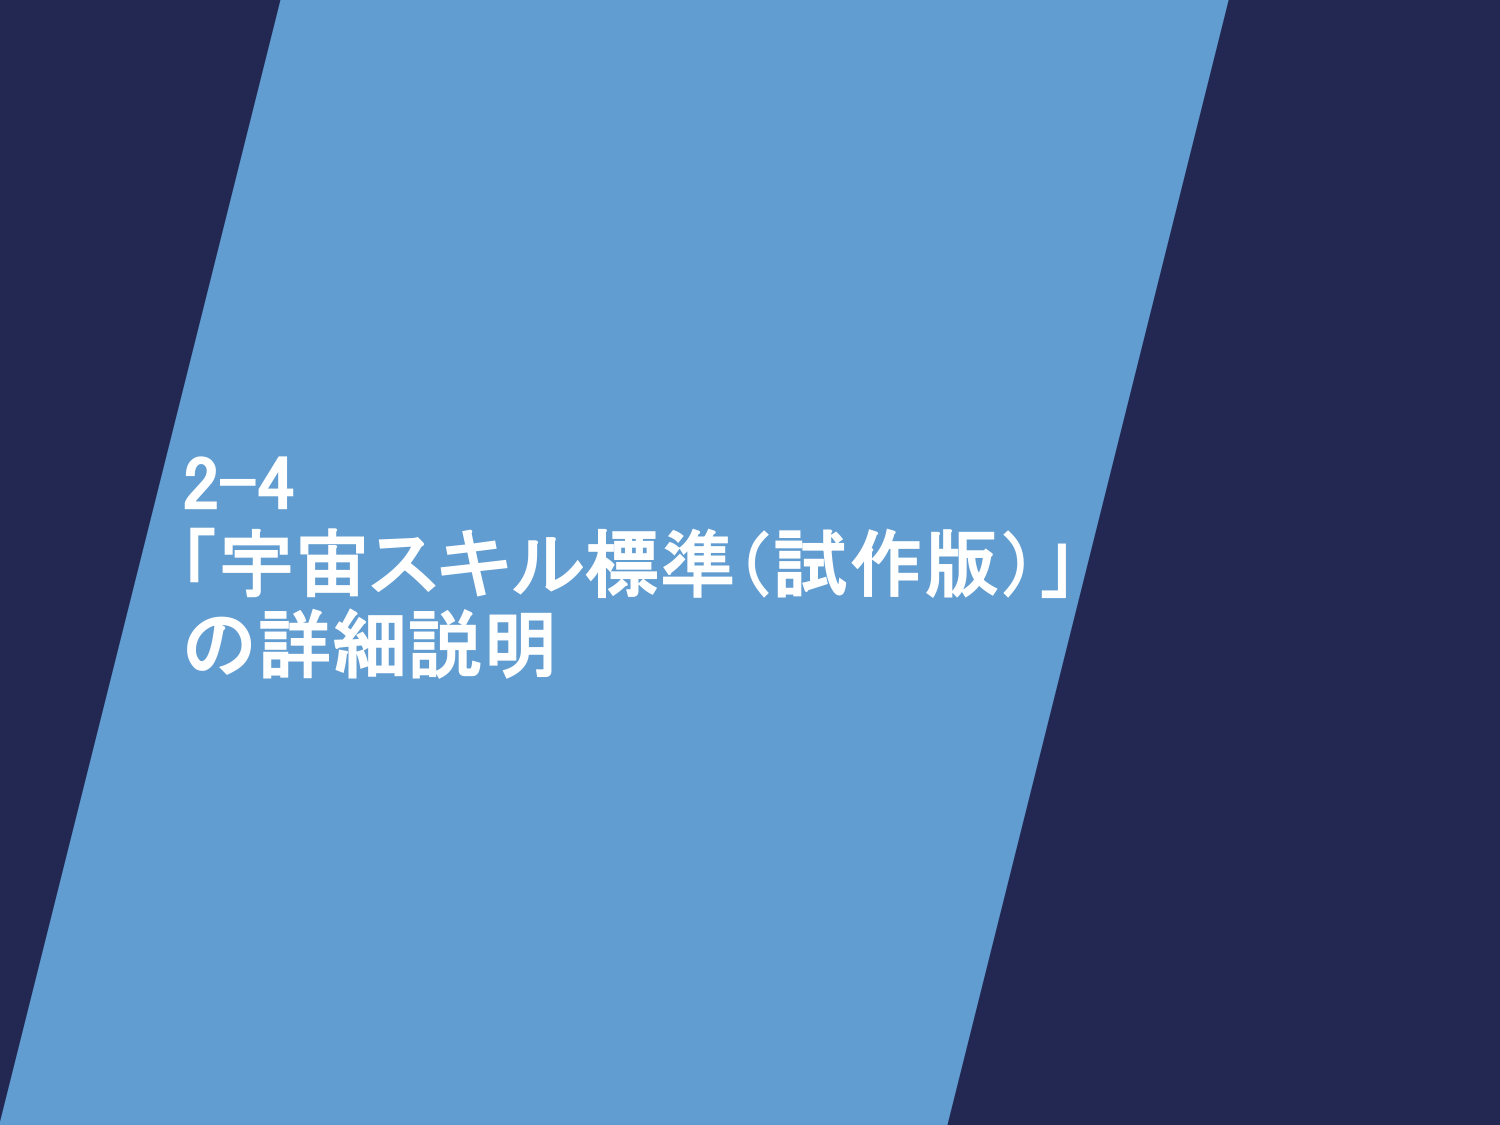
2-4
「宇宙スキル標準（試作版）」
の詳細説明